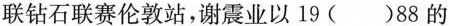
联钻石联赛伦敦站，谢震业以19( )88的